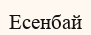
Есенбай